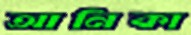
আনিকা